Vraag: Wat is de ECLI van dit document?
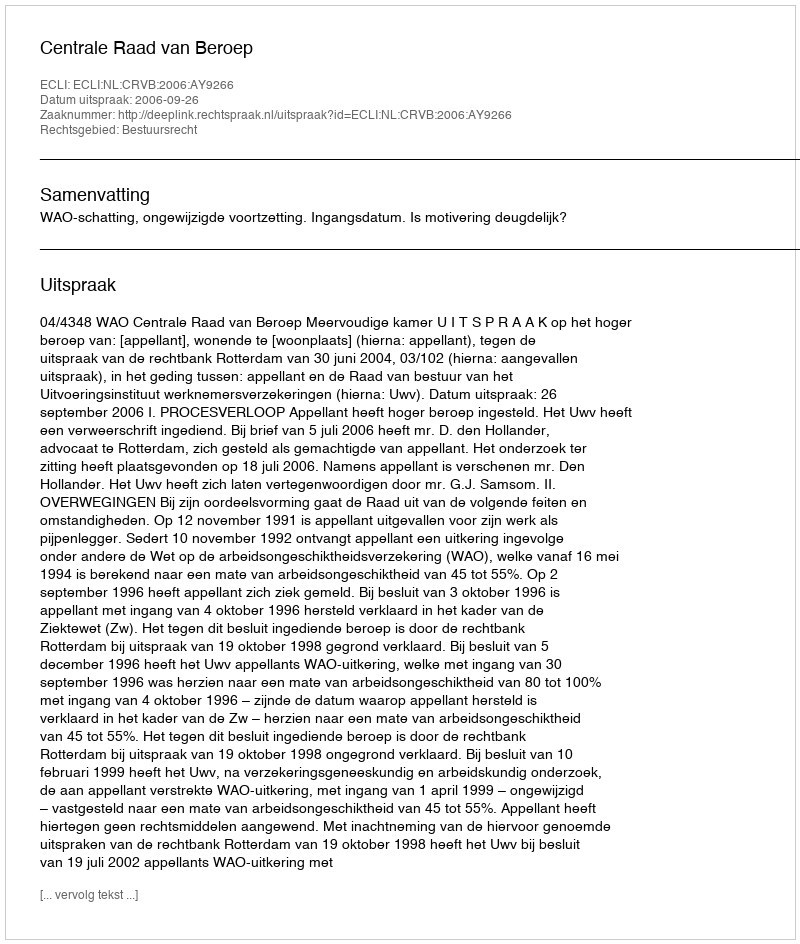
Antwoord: ECLI:NL:CRVB:2006:AY9266